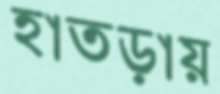
হাতড়ায়